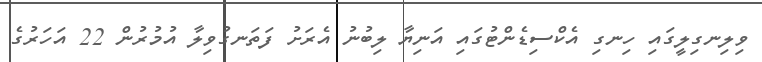
ވިލިނގިލީގައި ހިނގި އެކްސިޑެންޓުގައި އަނިޔާ ލިބުނު އެރަށު ފަތަނގުވިލާ އުމުރުން 22 އަހަރުގެ